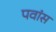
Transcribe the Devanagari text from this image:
पवांस